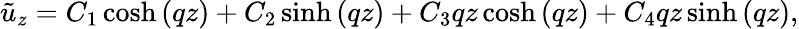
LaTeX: \tilde{u}_{z}={{C}_{1}}\cosh\left(qz\right)+{{C}_{2}}\sinh\left(qz\right)+{{C}_{3}}qz\cosh\left(qz\right)+{{C}_{4}}qz\sinh\left(qz\right),